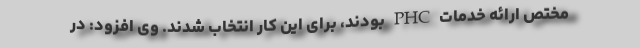
مختص ارائه خدمات ‌PHC بودند، برای این کار انتخاب شدند. وی افزود: در